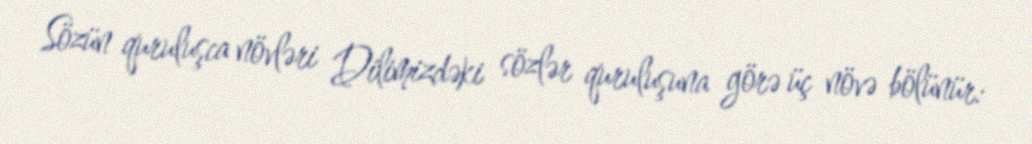
Sözün quruluşca növləri Dilimizdəki sözlər quruluşuna görə üç növə bölünür: